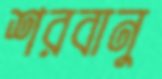
শরবানু